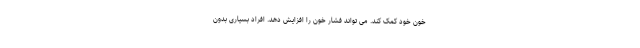
خون خود کمک کند. می تواند فشار خون را افزایش دهد. افراد بسیاری بدون